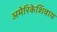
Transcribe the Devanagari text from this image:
अमेरिकेशिवाय